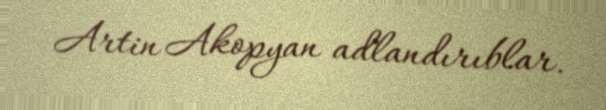
Artin Akopyan adlandırıblar.